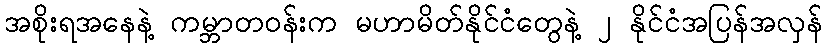
အစိုးရအနေနဲ့ ကမ္ဘာတဝန်းက မဟာမိတ်နိုင်ငံတွေနဲ့ ၂ နိုင်ငံအပြန်အလှန်